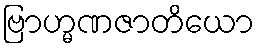
ဗြာဟ္မဏဇာတိယော